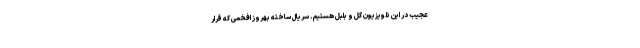
عجیب در این تلویزیون گل و بلبل هستیم. سریال ساخته بهروز افخمی که قرار